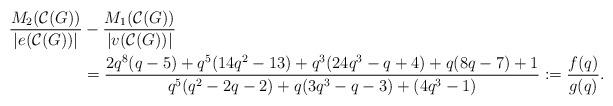
LaTeX: \begin{align*} \dfrac{M_{2}(\mathcal{C}(G))}{|e(\mathcal{C}(G))|} & - \dfrac{ M_{1}(\mathcal{C}(G))}{|v(\mathcal{C}(G))|} \\ &=\dfrac{2q^{8}(q-5)+q^{5}(14q^{2}-13)+q^{3}(24q^{3}-q+4)+q(8q-7)+1}{q^{5}(q^{2}-2q-2)+q(3q^{3}-q-3)+(4q^{3}-1)} := \dfrac{f(q)}{g(q)}. \end{align*}